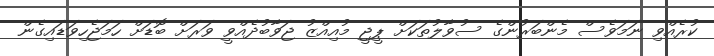
ކުރެއްވި ނަމަވެސް މެންބަރުންގެ ސުވާލުތަކަށް ޕީޖީ މުއިއްޒު ޖަވާބުދެއްވީ ވަރަށް ބޮޑަށް ހަމަޖެހިވަޑައިގެން